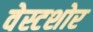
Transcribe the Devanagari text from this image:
वेस्टशोर